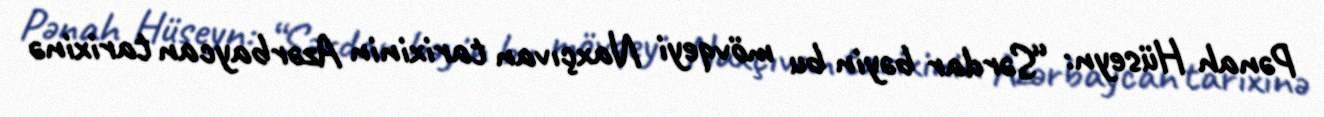
Pənah Hüseyn: “Sərdar bəyin bu mövqeyi Naxçıvan tarixinin Azərbaycan tarixinə